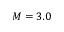
M = 3 . 0